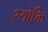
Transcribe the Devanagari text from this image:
श्योक्ति